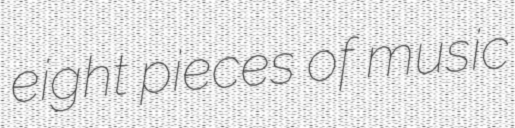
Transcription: eight pieces of music